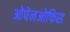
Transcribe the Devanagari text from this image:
ओपेनओफिस